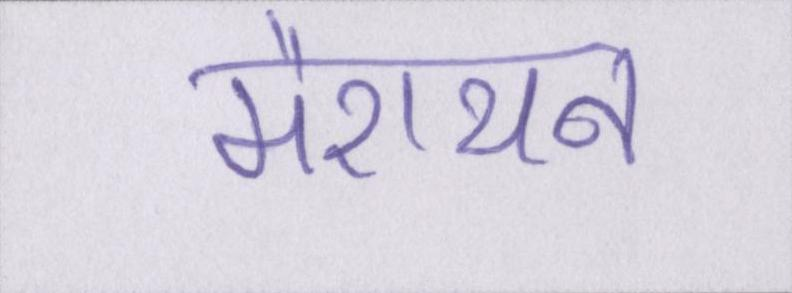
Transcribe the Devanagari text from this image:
मैराथन